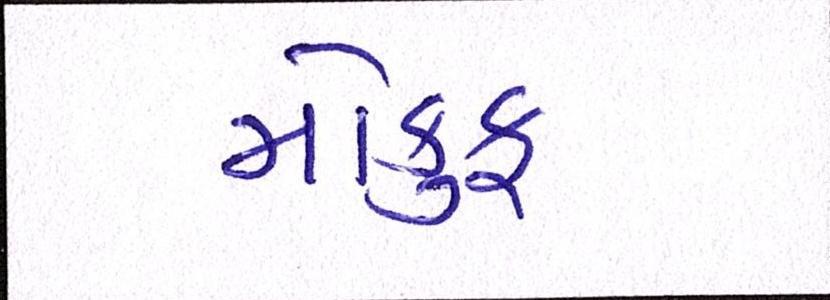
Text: મોકુફ